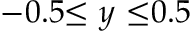
- 0 . 5 { \le } ~ y ~ { \le } 0 . 5